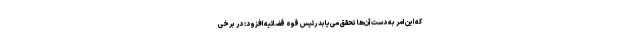
که این امر به دست آن‌ها تحقق می‌یابد رئیس قوه قضائیه افزود: در برخی